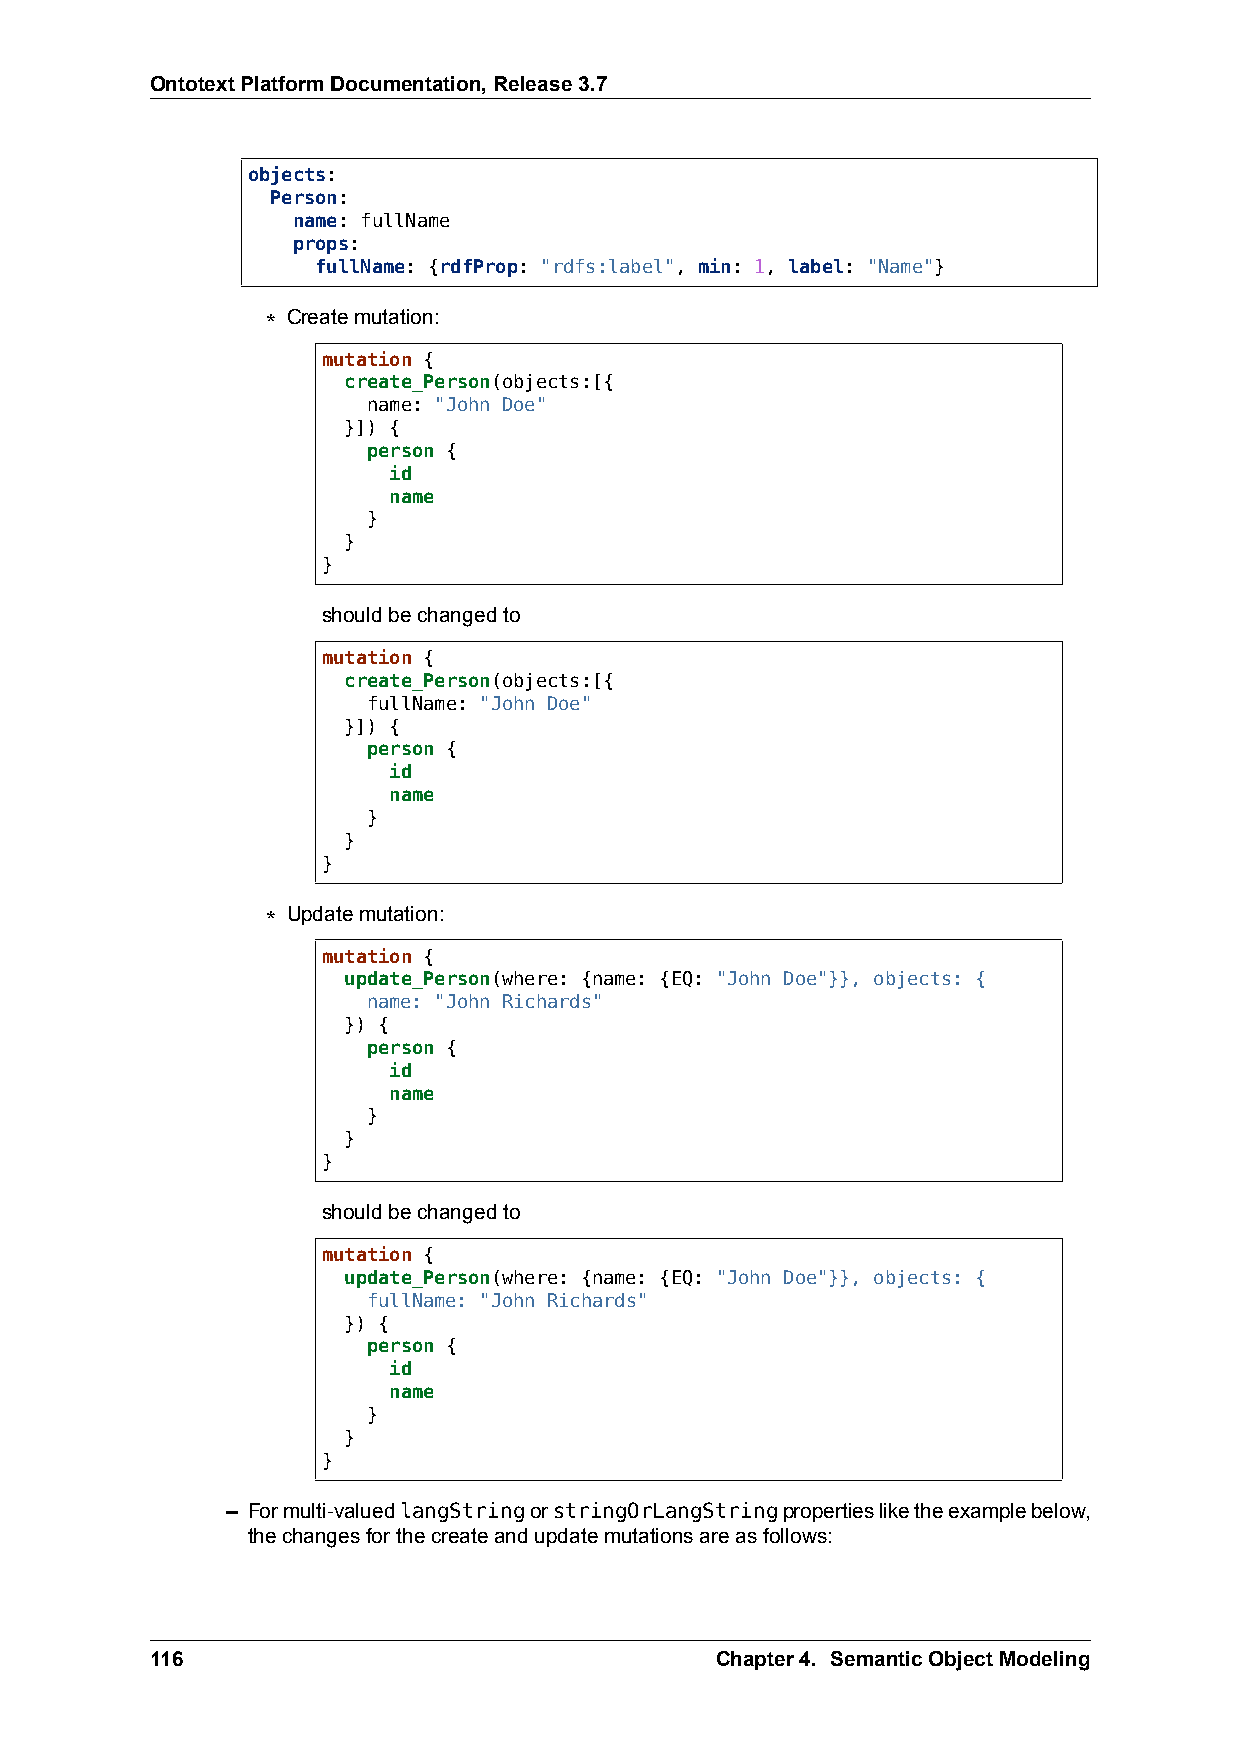
OntotextPlatformDocumentation,Release3.7
 objects:
 Person:
 name: fullName
 props:
 fullName: {rdfProp: "rdfs:label", min: 1, label: "Name"}
 * Createmutation:
 mutation {
 create_Person(objects:[{
 name: "John Doe"
 }]) {
 person {
 id
 name
 }
 }
 }
 shouldbechangedto
 mutation {
 create_Person(objects:[{
 fullName: "John Doe"
 }]) {
 person {
 id
 name
 }
 }
 }
 * Updatemutation:
 mutation {
 update_Person(where: {name: {EQ: "John Doe"}}, objects: {
 name: "John Richards"
 }) {
 person {
 id
 name
 }
 }
 }
 shouldbechangedto
 mutation {
 update_Person(where: {name: {EQ: "John Doe"}}, objects: {
 fullName: "John Richards"
 }) {
 person {
 id
 name
 }
 }
 }
 – Formulti-valuedlangStringorstringOrLangStringpropertiesliketheexamplebelow,
 thechangesforthecreateandupdatemutationsareasfollows:
 116                                  Chapter4. SemanticObjectModeling